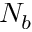
N _ { b }